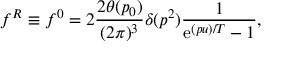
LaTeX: f ^ { R } \equiv f ^ { 0 } = 2 \frac { 2 \theta ( p _ { 0 } ) } { ( 2 \pi ) ^ { 3 } } \delta ( p ^ { 2 } ) \frac { 1 } { \mathrm { e } ^ { ( p u ) / T } - 1 } ,